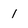
Character: 1